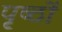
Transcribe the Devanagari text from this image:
पृष्‍ठों